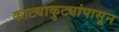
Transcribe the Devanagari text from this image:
काट्याकुट्यांपासून